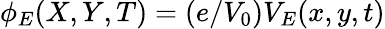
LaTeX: \phi_{E}(X,Y,T)=(e/V_{0})V_{E}(x,y,t)